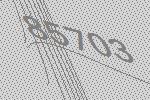
85703